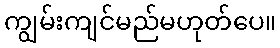
ကျွမ်းကျင်မည်မဟုတ်ပေ။